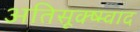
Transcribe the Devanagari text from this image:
अतिसूक्ष्म्वाद